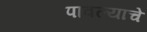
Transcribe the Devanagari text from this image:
पावल्याचे